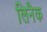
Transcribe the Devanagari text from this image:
लिनैक